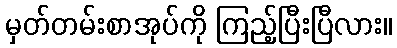
မှတ်တမ်းစာအုပ်ကို ကြည့်ပြီးပြီလား။